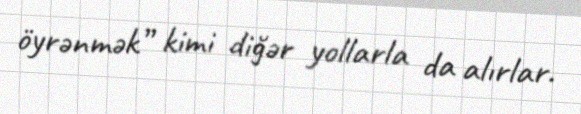
öyrənmək” kimi diğər yollarla da alırlar.